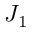
J _ { 1 }